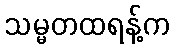
သမ္မတထရန့်က